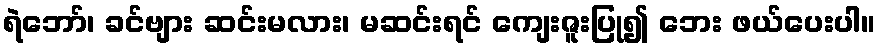
ရဲဘော်၊ ခင်ဗျား ဆင်းမလား၊ မဆင်းရင် ကျေးဇူးပြု၍ ဘေး ဖယ်ပေးပါ။